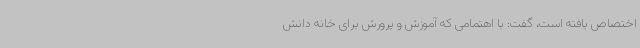
اختصاص یافته است، گفت: با اهتمامی که آموزش و پرورش برای خانه دانش